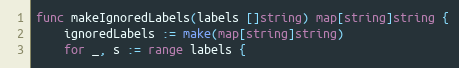
Language: Go
func makeIgnoredLabels(labels []string) map[string]string {
	ignoredLabels := make(map[string]string)
	for _, s := range labels {